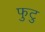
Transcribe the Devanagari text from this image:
फुटु